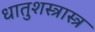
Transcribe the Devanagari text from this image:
धातुशस्त्रास्त्र